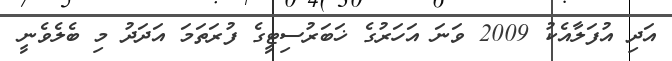
އަދި އުފަލާއެކު 2009 ވަނަ އަހަރުގެ ޚަބަރުސިޓީގެ ފުރަތަމަ އަދަދު މި ބެލެވެނީ